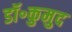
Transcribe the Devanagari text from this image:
डॉ॰कुमुद